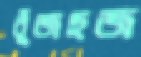
বুঁজছজ